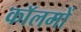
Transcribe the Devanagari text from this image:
काॅलमों